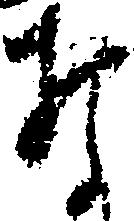
な